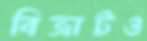
বিভ্রাটও